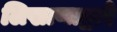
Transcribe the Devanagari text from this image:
लिखाणाद्वारे